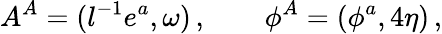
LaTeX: A^{A}=(l^{-1}e^{a},\omega)\, ,\qquad\phi^{A}=(\phi^{a},4\eta)\, ,